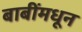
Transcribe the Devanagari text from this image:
बाबींमधून